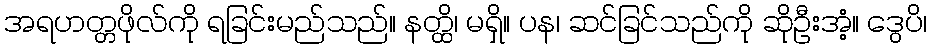
အရဟတ္တဖိုလ်ကို ရခြင်းမည်သည်။ နတ္ထိ၊ မရှိ။ ပန၊ ဆင်ခြင်သည်ကို ဆိုဦးအံ့။ ဒွေပိ၊